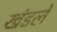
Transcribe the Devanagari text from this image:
खंडले